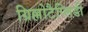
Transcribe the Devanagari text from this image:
ग्रिल्लोटैप्लिडी